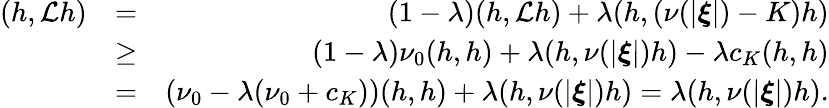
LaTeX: \begin{array}{rlr}{(h,\mathcal{L}h)}&{=}&{(1-\lambda)(h,\mathcal{L}h)+\lambda(h,(\nu(\left\vert\boldsymbol{\xi}\right\vert)-K)h)}\\ &{\geq}&{(1-\lambda)\nu_{0}(h,h)+\lambda(h,\nu(\left\vert\boldsymbol{\xi}\right\vert)h)-\lambda c_{K}(h,h)}\\ &{=}&{(\nu_{0}-\lambda(\nu_{0}+c_{K}))(h,h)+\lambda(h,\nu(\left\vert\boldsymbol{\xi}\right\vert)h)=\lambda(h,\nu(\left\vert\boldsymbol{\xi}\right\vert)h)\mathrm{.}}\end{array}